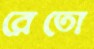
রেতো